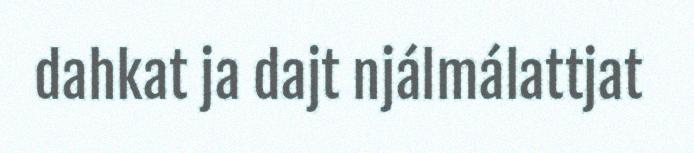
dahkat ja dajt njálmálattjat